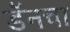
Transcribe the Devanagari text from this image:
डॅनचा